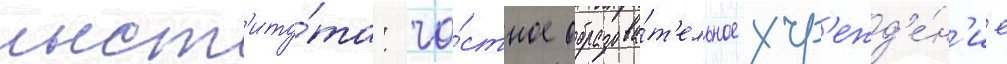
инст'иту́та: ча́стное образова́т'ельное учр'ежд'е́н'ие